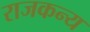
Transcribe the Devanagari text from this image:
राजकन्य